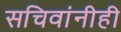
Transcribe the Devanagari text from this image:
सचिवांनीही